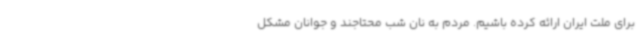
برای ملت ایران ارائه کرده باشیم. مردم به نان شب محتاجند و جوانان مشکل